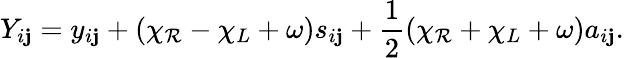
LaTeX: Y_{i\mathbf{j}}=y_{i\mathbf{j}}+(\chi_{\mathcal{R}}-\chi_{L}+\omega)s_{i\mathbf{j}}+\frac{{1}}{{2}}(\chi_{\mathcal{R}}+\chi_{L}+\omega)a_{i\mathbf{j}}.